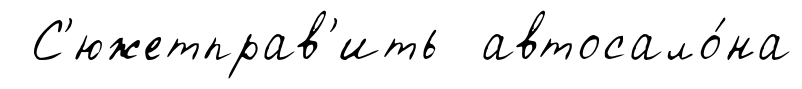
С'южетправ'ить автосало́на